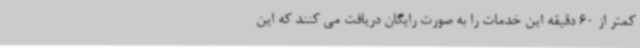
کمتر از 60 دقیقه این خدمات را به صورت رایگان دریافت می کنند که این